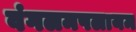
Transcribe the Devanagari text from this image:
वंगलमपलायम